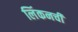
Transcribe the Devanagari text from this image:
लिंकनची